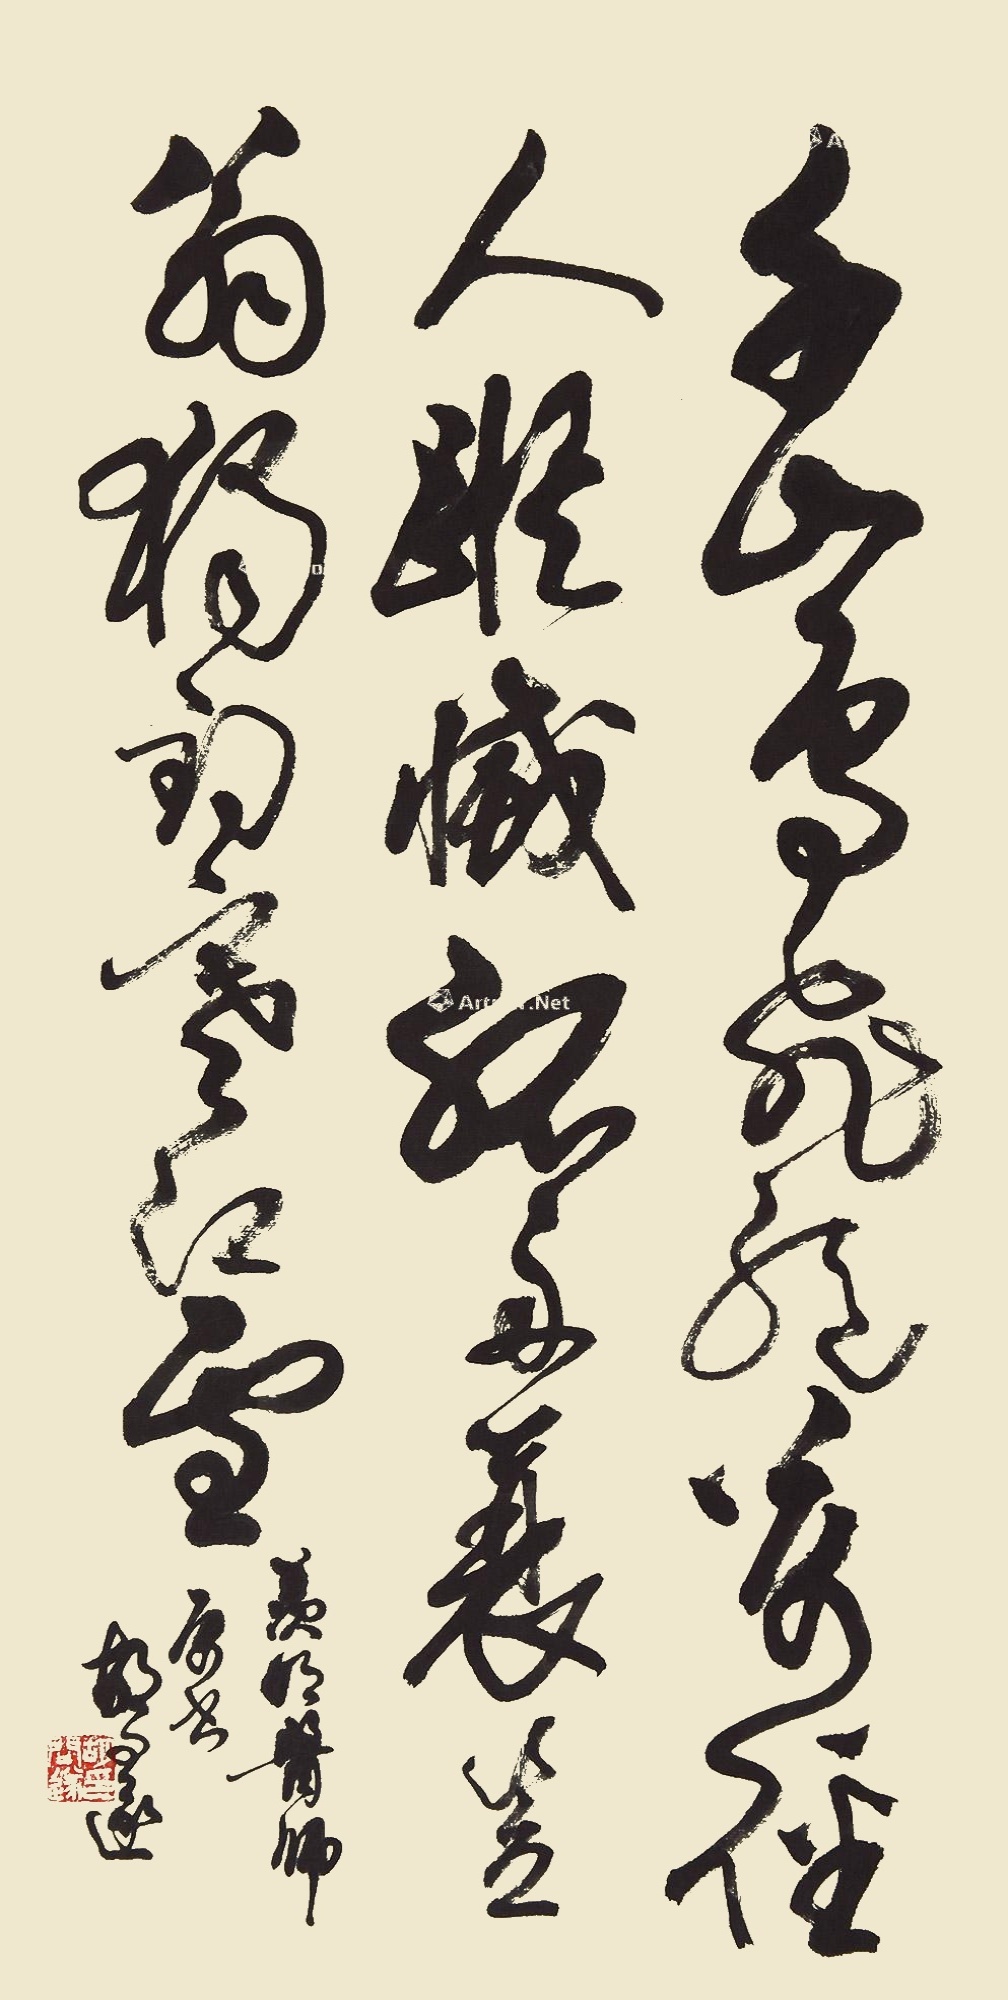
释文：千山鸟飞绝，万径人踪灭。孤舟蓑笠翁，独钓寒江雪。羡明医师属书，胡问遂。